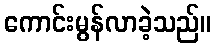
ကောင်းမွန်လာခဲ့သည်။